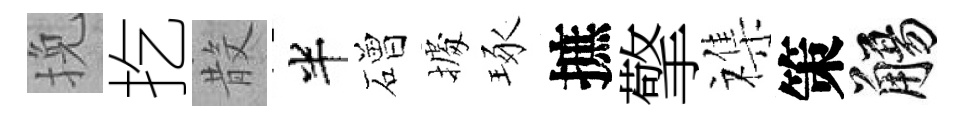
挽扢𣪚半磳𢴃琢摭擎襍策觴